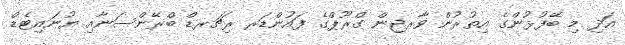
އަދި މި ބޭފުޅުންގެ އިތުރުން ވާރޖިން ގްރޫޕްގެ ފައުންޑަރ ރިޗަރޑް ބްރޭންސަނާއި ޔުނައިޓެޑް